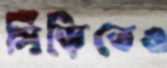
সিঁড়িতেও